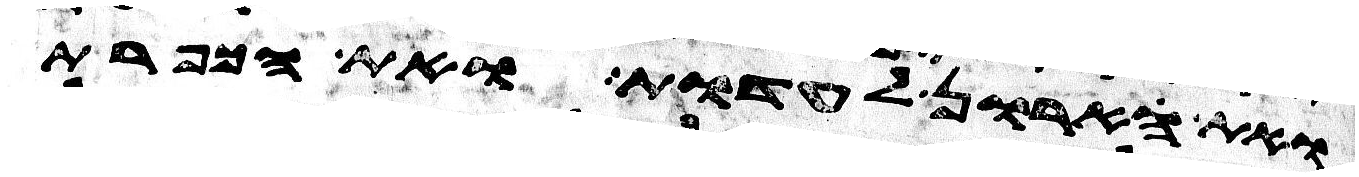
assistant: ואת הארון לעדות ואת הכפרת